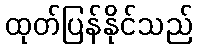
ထုတ်ပြန်နိုင်သည်